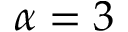
\alpha = 3